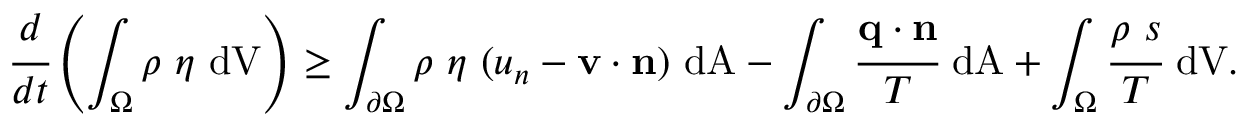
{ { \cfrac { d } { d t } } \left( \int _ { \Omega } \rho ~ \eta ~ { \mathrm { d V } } \right) \geq \int _ { \partial \Omega } \rho ~ \eta ~ ( u _ { n } - \mathbf { v } \cdot \mathbf { n } ) ~ { \mathrm { d A } } - \int _ { \partial \Omega } { \cfrac { \mathbf { q } \cdot \mathbf { n } } { T } } ~ { \mathrm { d A } } + \int _ { \Omega } { \cfrac { \rho ~ s } { T } } ~ { \mathrm { d V } } . }